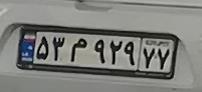
۵۴م۹۷۱۷۷